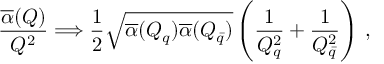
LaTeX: { \frac { \overline { { \alpha } } ( Q ) } { Q ^ { 2 } } } \Longrightarrow { \frac { 1 } { 2 } } \sqrt { \overline { { \alpha } } ( Q _ { q } ) \overline { { \alpha } } ( Q _ { \bar { q } } ) } \left( { \frac { 1 } { Q _ { q } ^ { 2 } } } + { \frac { 1 } { Q _ { \bar { q } } ^ { 2 } } } \right) \, ,